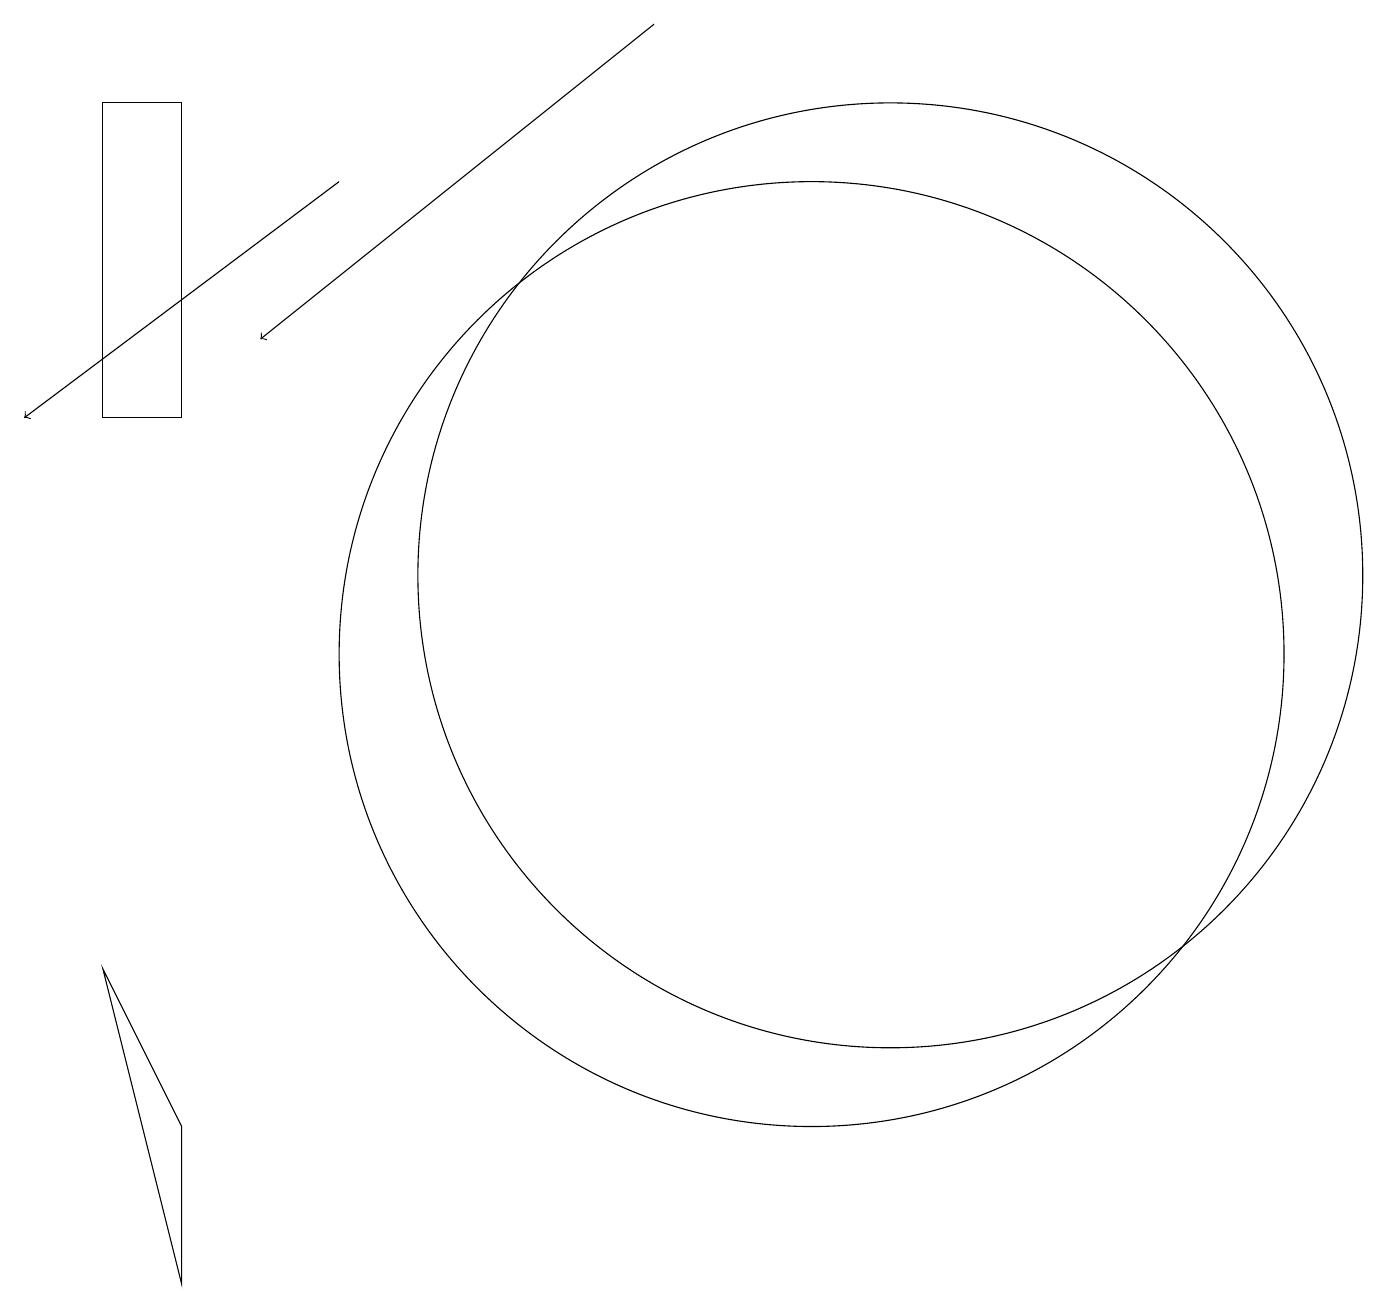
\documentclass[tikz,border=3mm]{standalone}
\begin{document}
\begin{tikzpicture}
\draw (2,18) rectangle (1,14);
\draw[->] (8,19) -- (3,15);
\draw[->] (4,17) -- (0,14);
\draw (11,12) circle (6);
\draw (2,3) -- (2,5) -- (1,7) -- cycle;
\draw (10,11) circle (6);
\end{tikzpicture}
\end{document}